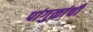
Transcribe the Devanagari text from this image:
पांगुळांची